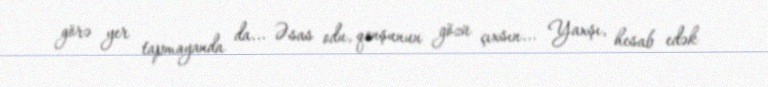
görə yer tapmayanda da... Əsas odu, qonşunun gözü çıxsın... Yaxşı, hesab edək